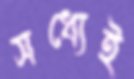
সধ্যেই